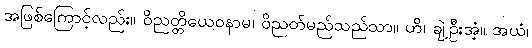
အဖြစ်ကြောင့်လည်း။ ဝိညတ္တိယေဝနာမ၊ ဝိညတ်မည်သည်သာ။ ဟိ၊ ချဲ့ဦးအံ့။ အယံ၊